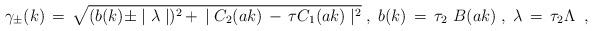
LaTeX: \begin{align*}\gamma_{\pm} (k) \,=\, \sqrt{ (b(k) \pm \mid \lambda \mid)^2 \,+\,\mid C_2 (a k) \,- \, \tau C_1(a k) \mid^2 } \;,\;b(k) \,=\, \tau_2 \,\, B ( a k) \; , \;\lambda \,=\, \tau_2 \Lambda \;\;,\end{align*}